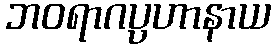
ဘဝရာဂပ္ပဟာနာယ